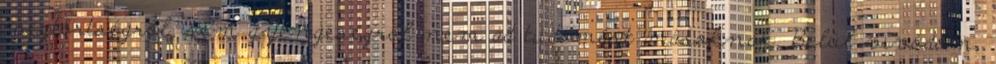
megtörtségről, sem gyengeségről nem ad tudomást másoknak. Belül vívódom,